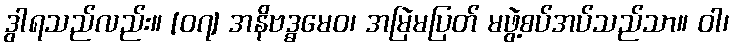
ဒွါရသည်လည်း။ [၀၇] အနိဗဒ္ဓမေဝ၊ အမြဲမပြတ် မဖွဲ့စပ်အပ်သည်သာ။ ဝါ၊